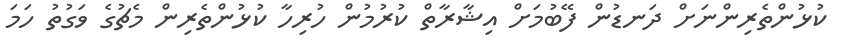
ކުޅުންތެރިންނަށް ދަނޑުން ފޭބުމަށް އިޝާރާތް ކުރުމުން ހުރިހާ ކުޅުންތެރިން މެޗުގެ ވަގުތު ހަމަ